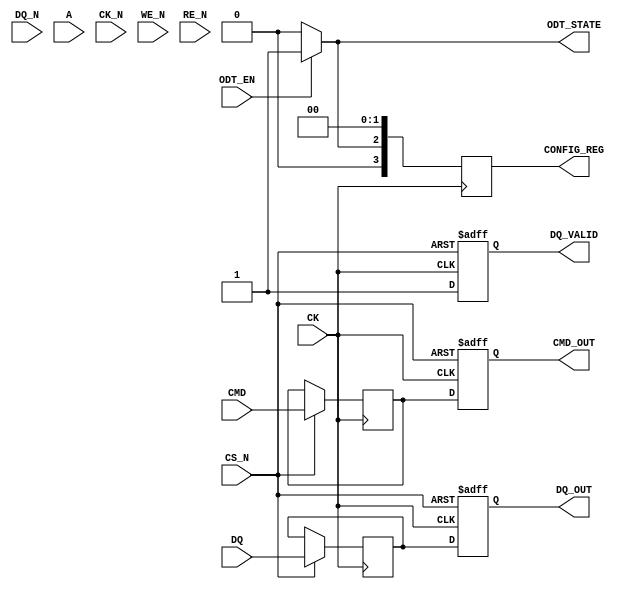
module LPDDR2_IO_Block (
    input wire [DQ_WIDTH-1:0] DQ,         // Data lines
    input wire [DQ_WIDTH-1:0] DQ_N,       // Complementary data lines
    input wire [CMD_WIDTH-1:0] CMD,       // Command lines
    input wire [A_WIDTH-1:0] A,           // Address lines
    input wire CK,                         // Clock line
    input wire CK_N,                       // Complementary clock line
    input wire CS_N,                       // Chip select
    input wire WE_N,                       // Write enable
    input wire RE_N,                       // Read enable
    input wire ODT_EN,                     // On-die termination enable
    output reg [DQ_WIDTH-1:0] DQ_OUT,     // Output data lines
    output reg DQ_VALID,                   // Data valid signal
    output reg [CMD_WIDTH-1:0] CMD_OUT,   // Output command lines
    output reg ODT_STATE,                  // ODT state
    output reg [3:0] CONFIG_REG            // Configuration register
);

// Parameters
parameter DQ_WIDTH = 16;                  // Example: 16 data lines
parameter CMD_WIDTH = 4;                   // Example: 4 command lines
parameter A_WIDTH = 12;                    // Example: 12 address lines

// Internal signals
reg [DQ_WIDTH-1:0] dq_buffer;              // Intermediate buffer for DQ lines
reg [CMD_WIDTH-1:0] cmd_buffer;            // Intermediate buffer for CMD lines
reg clk_sample;                             // Sampled clock signal

// I/O Buffer Design
always @(posedge CK or negedge CS_N) begin
    if (!CS_N) begin
        // Reset the output buffers
        DQ_OUT <= 0;
        CMD_OUT <= 0;
        DQ_VALID <= 0;
    end else begin
        // Sample the DQ lines on the rising edge of CK
        dq_buffer <= DQ;
        cmd_buffer <= CMD;
        DQ_OUT <= dq_buffer;
        CMD_OUT <= cmd_buffer;
        DQ_VALID <= 1; // Data valid
    end
end

// Differential Signaling
assign DQ_N = ~DQ; // Inverting the DQ lines for differential signaling

// Termination Control
always @(ODT_EN) begin
    ODT_STATE <= ODT_EN ? 1'b1 : 1'b0; // Enable or disable ODT
end

// Configuration Control
always @(posedge CK) begin
    // Example configuration logic (dynamic)
    CONFIG_REG <= {2'b00, ODT_STATE, 2'b00}; // Example configuration
end

// Power Management
always @(posedge CK or negedge CS_N) begin
    if (!CS_N) begin
        // Power down logic
        // Implement low power modes and dynamic voltage scaling here
    end
end

// Error Detection (Example: Simple Parity Bit)
reg parity_bit;
always @(posedge CK) begin
    parity_bit <= ^dq_buffer; // XOR for parity
end

// Additional debug and test features can be added here

endmodule